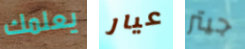
يعلمك عيار جيتر